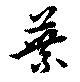
葉